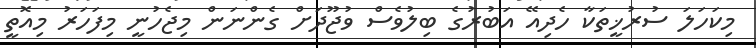
މިކަހަލަ ސުރުޚީތަކާ ހެދިއޭ އަބުރުގެ ބިލުވެސް ވުޖޫދަށް ގެންނަން މިޖެހުނީ މިފަހަރު މިއޮތީ